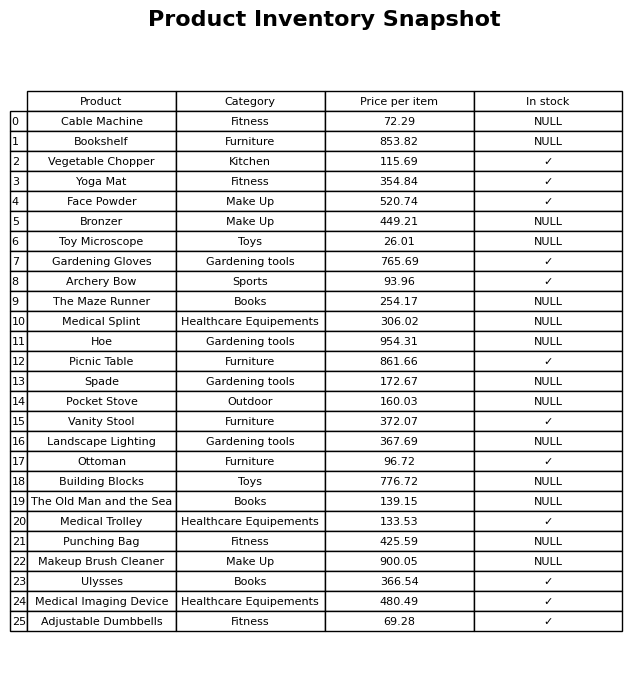
question: What is the price of the Bronzer?
answer: The price of Bronzer is 449.21.